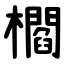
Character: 櫩